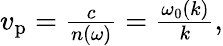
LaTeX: \begin{array}{r}{v_{\mathrm{p}}=\frac{c}{n(\omega)}=\frac{\omega_{0}(k)}{k},}\end{array}